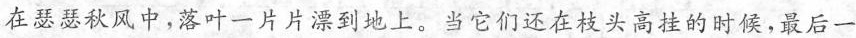
在瑟瑟秋风中，落叶一片片漂到地上。当它们还在枝头高挂的时候，最后一